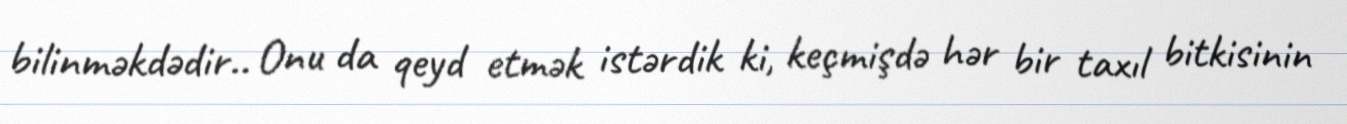
bilinməkdədir.. Onu da qeyd etmək istərdik ki, keçmişdə hər bir taxıl bitkisinin